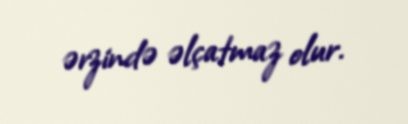
ərzində əlçatmaz olur.